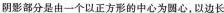
阴影部分是由一个以正方形的中心为圆心，以边长